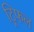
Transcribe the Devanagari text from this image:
ट्रिफल